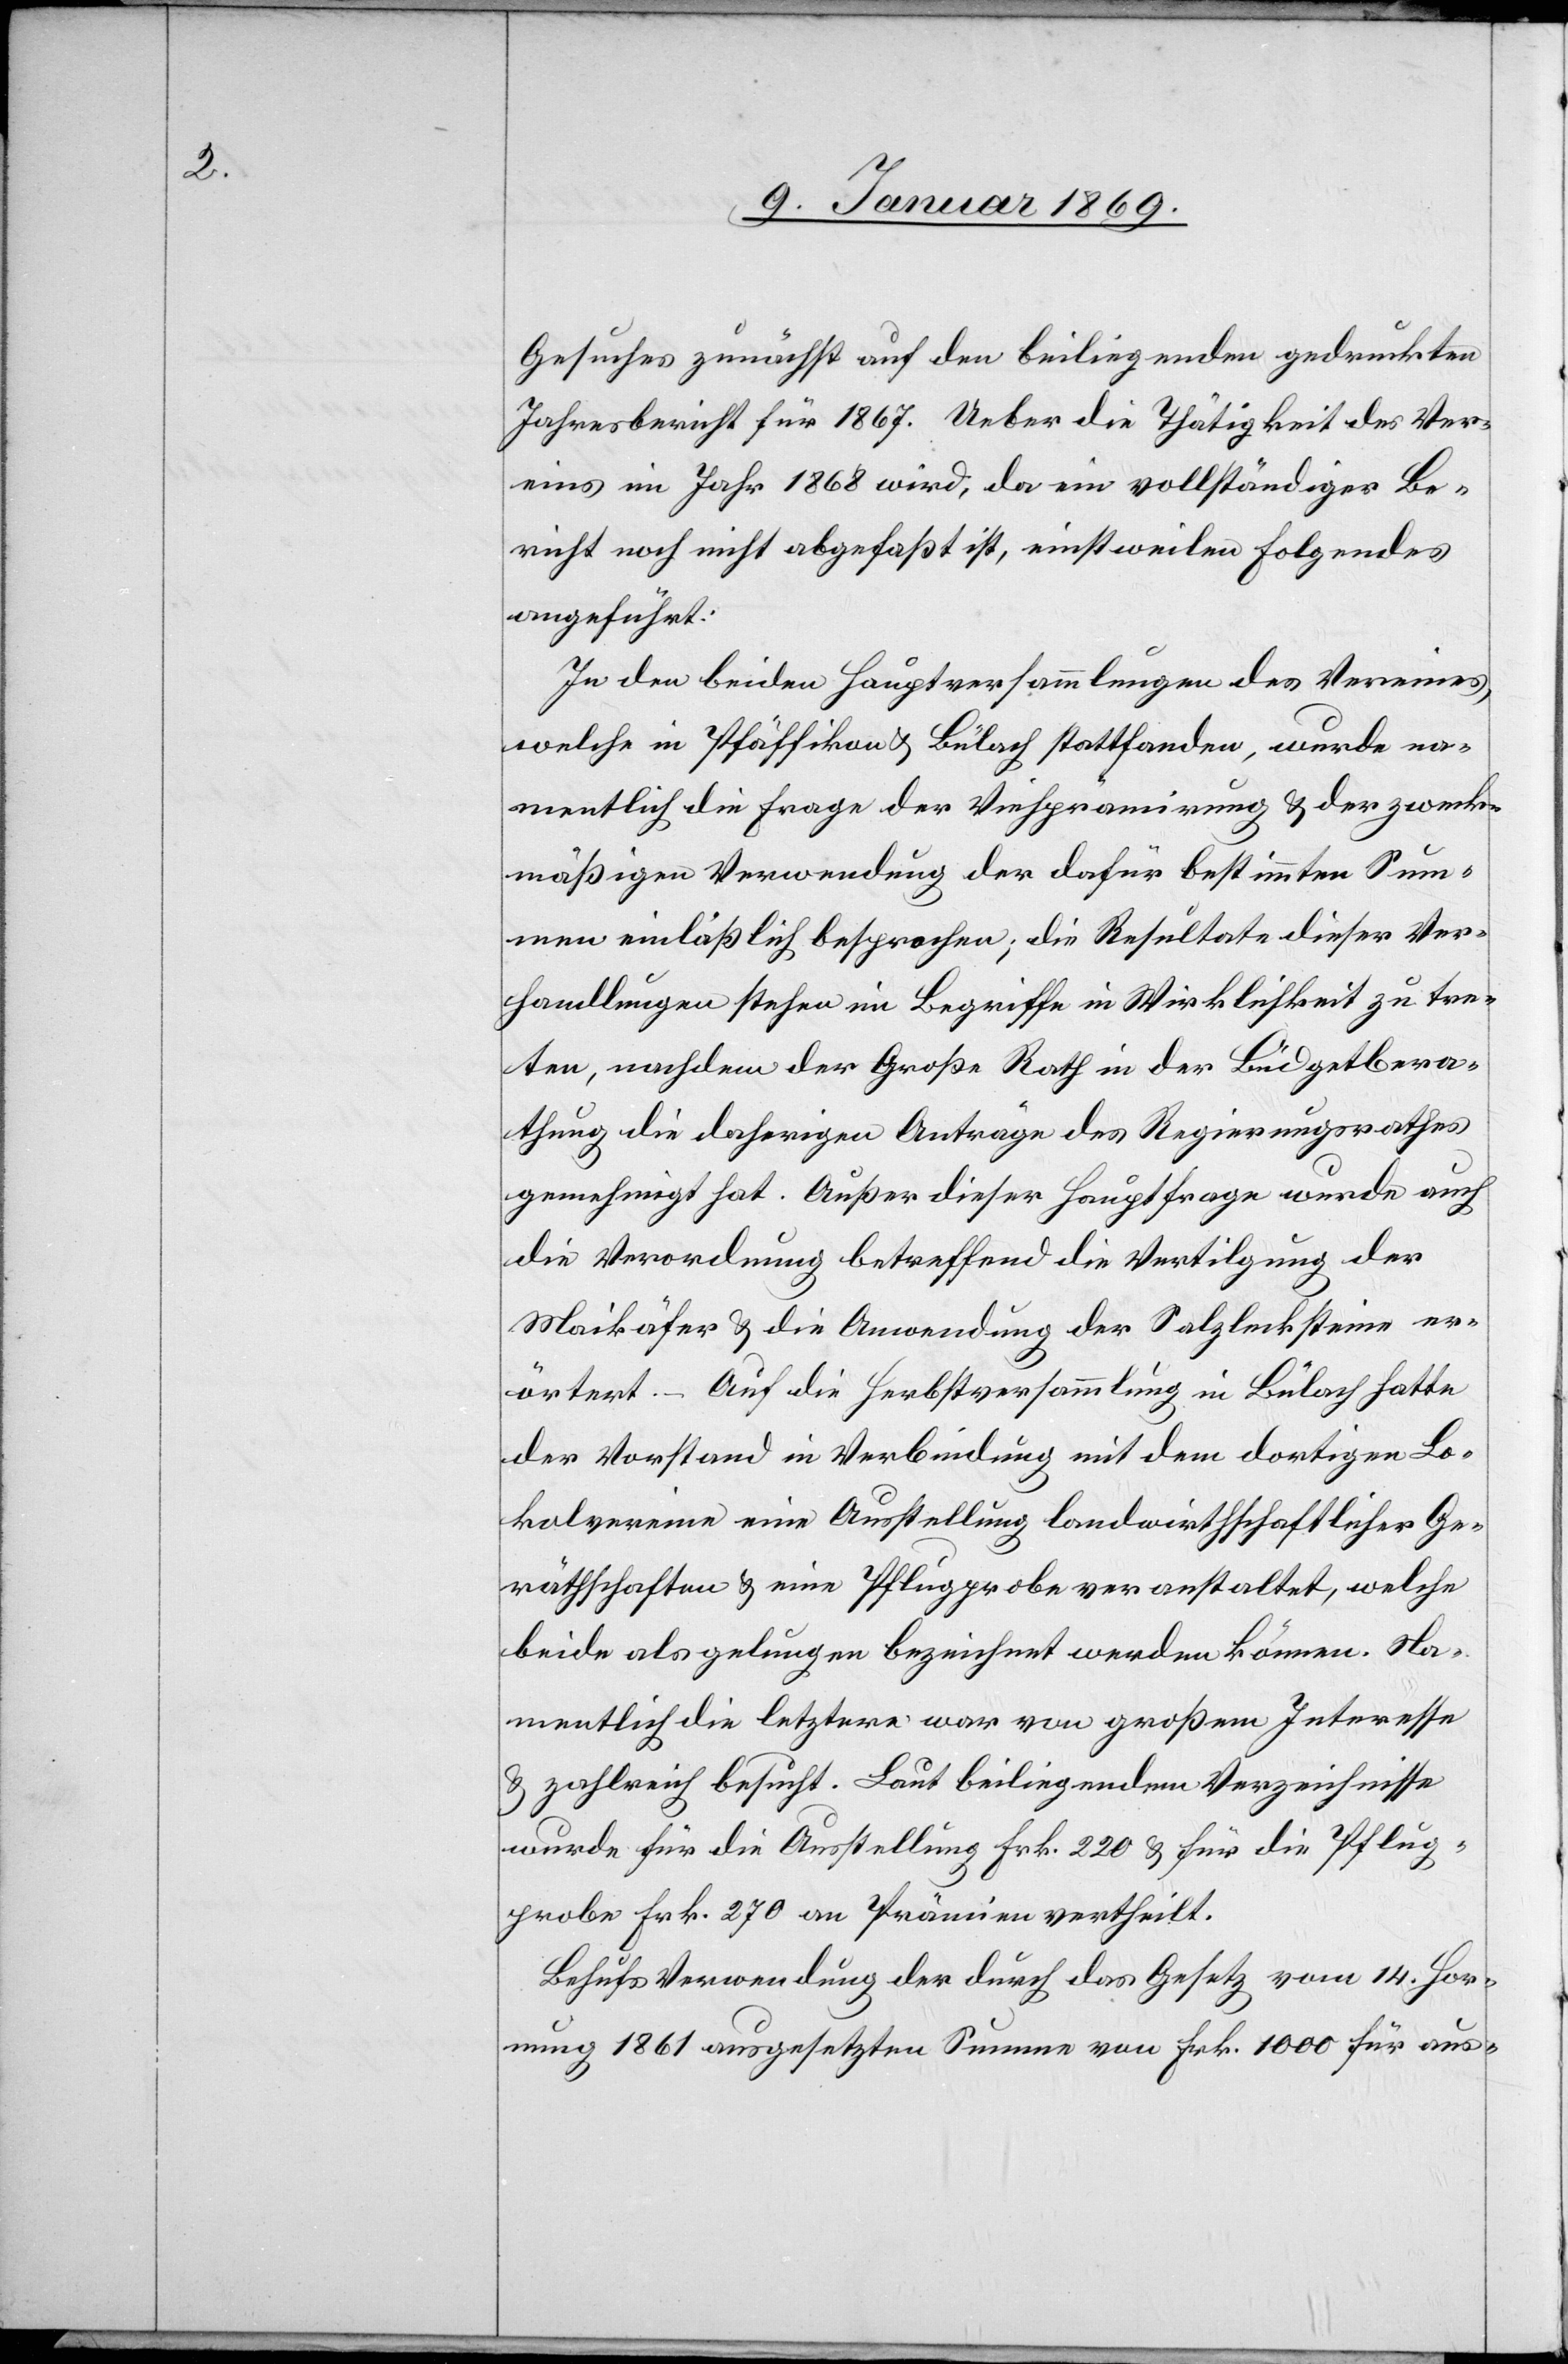
Gesuches zunächst auf den beiliegenden gedruckten
Jahresbericht für 1867. Ueber die Thätigkeit des Ver¬
eines im Jahr 1868 wird, da ein vollständiger Be¬
richt noch nicht abgefaßt ist, einstweilen Folgendes
angeführt:
In den beiden Hauptversammlungen des Vereines,
welche in Pfäffikon u. Bülach stattfanden, wurde na¬
mentlich die Frage der Viehprämirung u. der zweck¬
mäßigen Verwendung der dafür bestimmten Sum¬
men einläßlich besprochen, die Resultate dieser Ver¬
handlungen stehen im Begriffe in Wirklichkeit zu tre¬
ten, nachdem der Große Rath in der Büdgetbera¬
thung die daherigen Anträge des Regierungsrathes
genehmigt hat. Außer dieser Hauptfrage wurde auch
die Verordnung betreffend die Vertilgung der
Maikäfer u. die Anwendung der Salzlecksteine er¬
örtert. – Auf die Herbstversammlung in Bülach hatte
der Vorstand in Verbindung mit dem dortigen Lo¬
kalvereine eine Ausstellung landwirthschaftlicher Ge¬
räthschaften u. eine Pflugprobe veranstaltet, welche
beide als gelungen bezeichnet werden können. Na¬
mentlich die letzere war von großem Intereße
u. zahlreich besucht. Laut beiliegendem Verzeichniße
wurde für die Ausstellung Frk. 220 u. für die Pflug¬
probe Frk. 270 an Prämien vertheilt.
Behufs Verwendung der durch das Gesetz vom 14. Hor¬
nung 1861 ausgesetzten Summe von Frk. 1000 für aus-